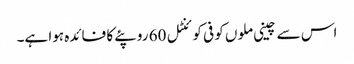
اس سے چینی ملوں کو فی کوئنٹل 60 روپئے کا فائدہ ہوا ہے۔